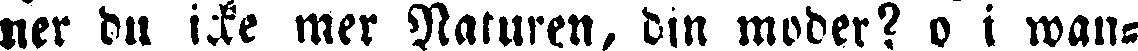
ner du icke mer Naturen, din moder? o i wan-